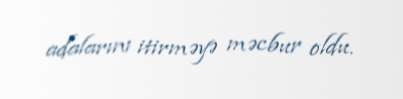
adalarını itirməyə məcbur oldu.